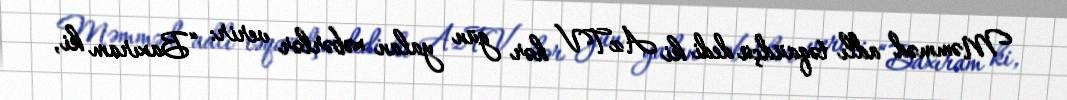
Məmməd adlı təqaüdçü dedi ki AzTV hər gün yalan xəbərlər verir: “Baxıram ki,